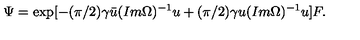
\Psi = \exp [ - ( \pi / 2 ) \gamma \bar { u } ( I m \Omega ) ^ { - 1 } u + ( \pi / 2 ) \gamma u ( I m \Omega ) ^ { - 1 } u ] F .